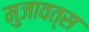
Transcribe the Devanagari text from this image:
मुजावत्स